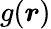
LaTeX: g(\boldsymbol{r})